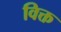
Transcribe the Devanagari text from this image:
विक्त